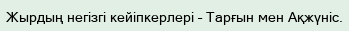
Жырдың негізгі кейіпкерлері – Тарғын мен Ақжүніс.